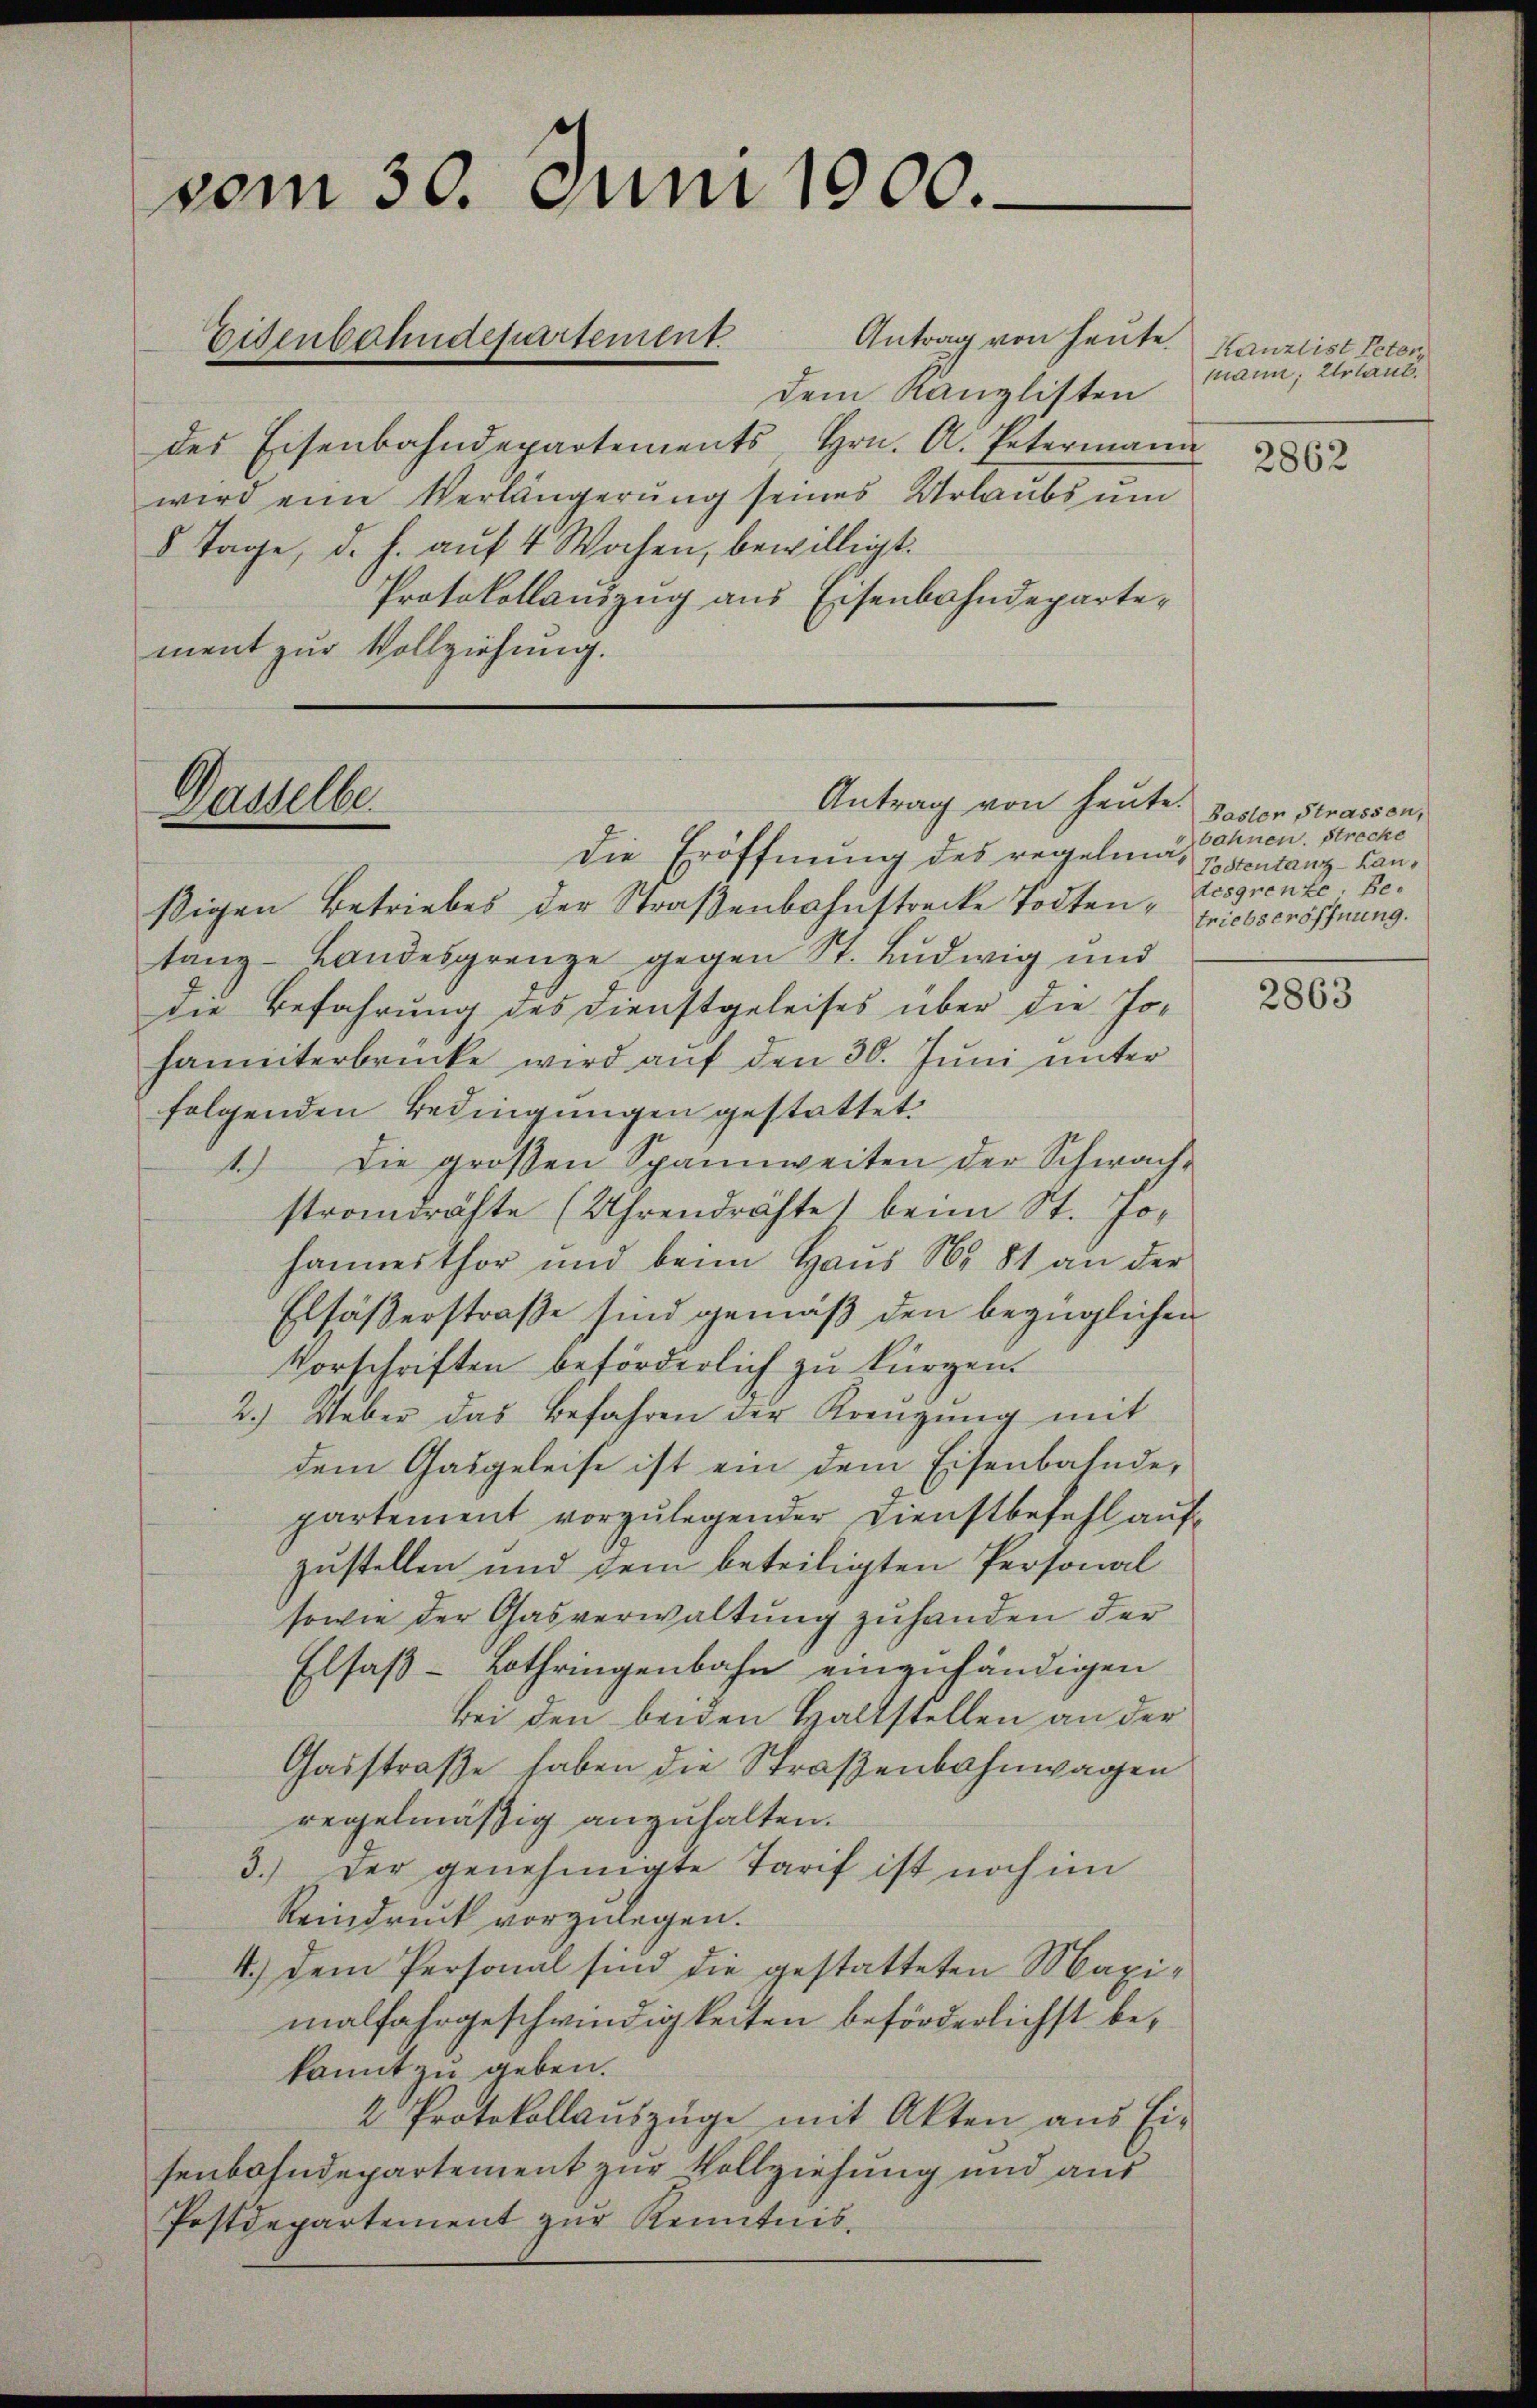
vom 30. Juni 1900.

dem Kanzlisten
des Eisenbahndepartements, Hrn. A. Petermann
wird eine Verlängerŭng seines Urlaubs ŭm
8 Tage, d. h. auf 4 Wochen, bewilligt:
Protokollauszug aus Eisenbahndepartement zur Vollziehung.

Eisenbahndepartement Antrag von heute.

Dasselbe.

Antrag von heute.

Die Eröffnung des regelma, Postentanz-Canßigen Betriebes der Straßenbahnstrecke Todtentanz- Landesgrenze gegen St. Ludwig und
die Befahrung des Dienstgeleises über die Johanniterbrücke wird auf den 30. Juni unter
folgenden Bedingungen gestattet.
1.) Die großen Spannweiten der Schwach-
stromdrähte (Uhrendrohte beim St. Johannesthor und beim Haus Nr. 81 an der
Elfäßerstraße sind gemäß den bezüglichen
Vorschriften beförderlich zu kürzen.
2.) Ueber das befahren der Kreuzung mit
dem Gasgeleise ist ein dem Eisenbalnde,
partement vorzulegender Dienstbefehl aufzustellen und dem beteiligten Personal
sowie der Gasverwaltung zuhanden der
Elsaß-Lothringenbahn einzuhändigen
bei den beiden Haltstellen an der
Gasstraße haben die Straßenbahnwagen
regelmäßig anzuhalten.
3.) Der genehmigte Tarif ist noch im
Reindruck vorzulegen.
4.) Dem Personal sind die gestatteten Maximalfahrgeschwindigkeiten beförderlichst bekannt zu geben.
4 Protokollauszüge mit Akten aus Ei-
senbahndepartement zur Vollziehung und aus
Postdepartement zur Kenntnis¬

Kanzlist Peter
mann, Erlaut.

2862

Basler Strassen,
bahnen. Strecke
desgrenze, Betriebseröffnung.

2863